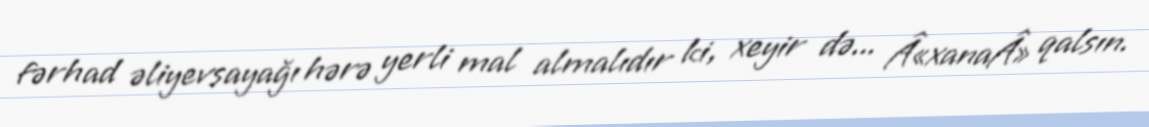
fərhad əliyevsayağı hərə yerli mal almalıdır ki, xeyir də... Â«xanaÂ» qalsın.